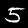
Digit: 5